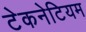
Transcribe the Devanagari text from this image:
टेकनेटियम